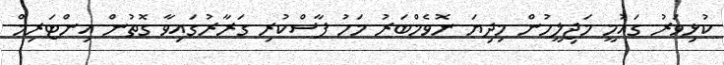
ކުޅިވަރު ގައުމީ މަޖިލީހުން މިދިޔަ ނޮވެމްބަރު މަހު ފާސްކުރި ގަރާރުގައިވާ ގޮތުން އިންޓަރިމް